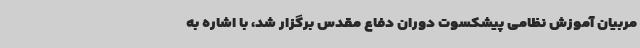
مربیان آموزش نظامی پیشکسوت دوران دفاع مقدس برگزار شد، با اشاره به